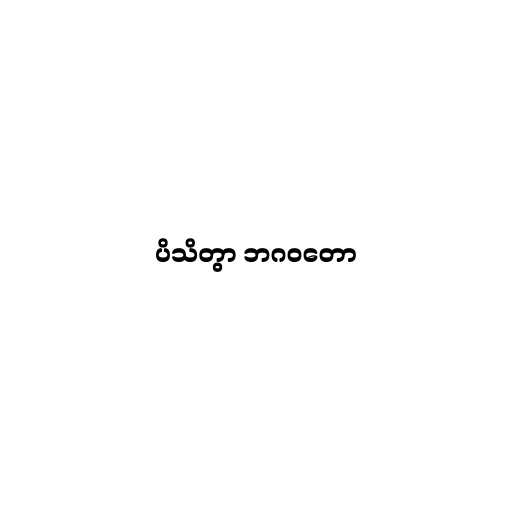
ပိသိတွာ ဘဂဝတော